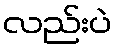
လည်းပဲ